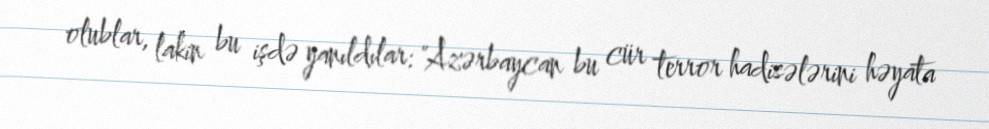
olublar, lakin bu işdə yanıldılar: "Azərbaycan bu cür terror hadisələrini həyata